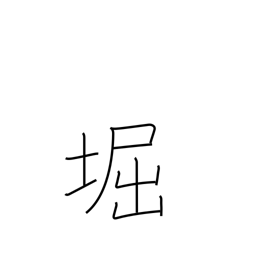
Meaning: moat